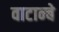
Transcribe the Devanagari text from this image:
वाटान्बे